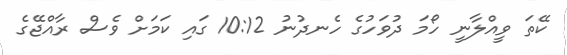
ކޭތަ ވީއްލާނީ ހޯމަ ދުވަހުގެ ހެނދުނު 10:12 ގައި ކަމަށް ވެސް ރާއްޖޭގެ